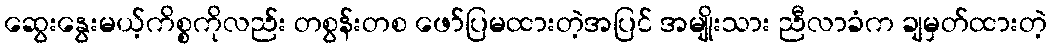
ဆွေးနွေးမယ့်ကိစ္စကိုလည်း တစွန်းတစ ဖော်ပြမထားတဲ့အပြင် အမျိုးသား ညီလာခံက ချမှတ်ထားတဲ့